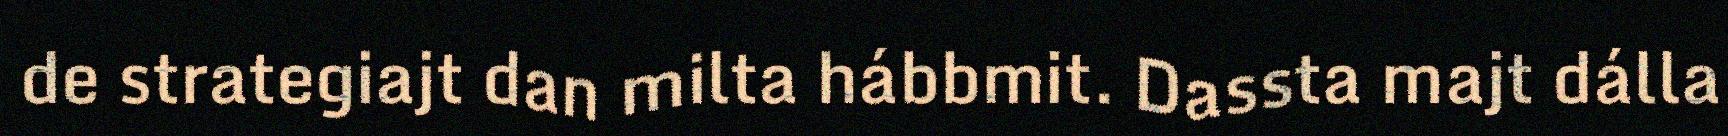
de strategiajt dan milta hábbmit. Dassta majt dálla